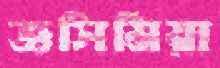
জসিমিয়া